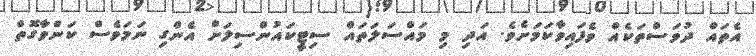
އެތައް ދުވަސްތަކެއް ވެފައިވާކަމަށެވެ. އަދި މި މައްސަލަތައް ސިޓީކައުންސިލަށް އެންގި ނަމަވެސް ކަންވާގޮތް